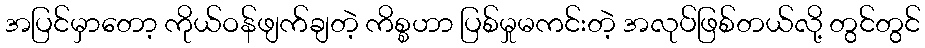
အပြင်မှာတော့ ကိုယ်ဝန်ဖျက်ချတဲ့ ကိစ္စဟာ ပြစ်မှုမကင်းတဲ့ အလုပ်ဖြစ်တယ်လို့ တွင်တွင်